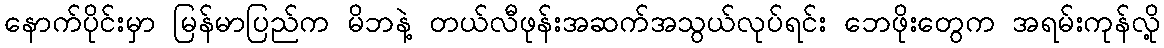
နောက်ပိုင်းမှာ မြန်မာပြည်က မိဘနဲ့ တယ်လီဖုန်းအဆက်အသွယ်လုပ်ရင်း ဘေဖိုးတွေက အရမ်းကုန်လို့